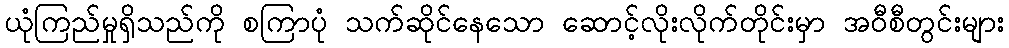
ယုံကြည်မှုရှိသည်ကို စကြာပုံ သက်ဆိုင်နေသော ဆောင့်လိုးလိုက်တိုင်းမှာ အဝီစီတွင်းများ